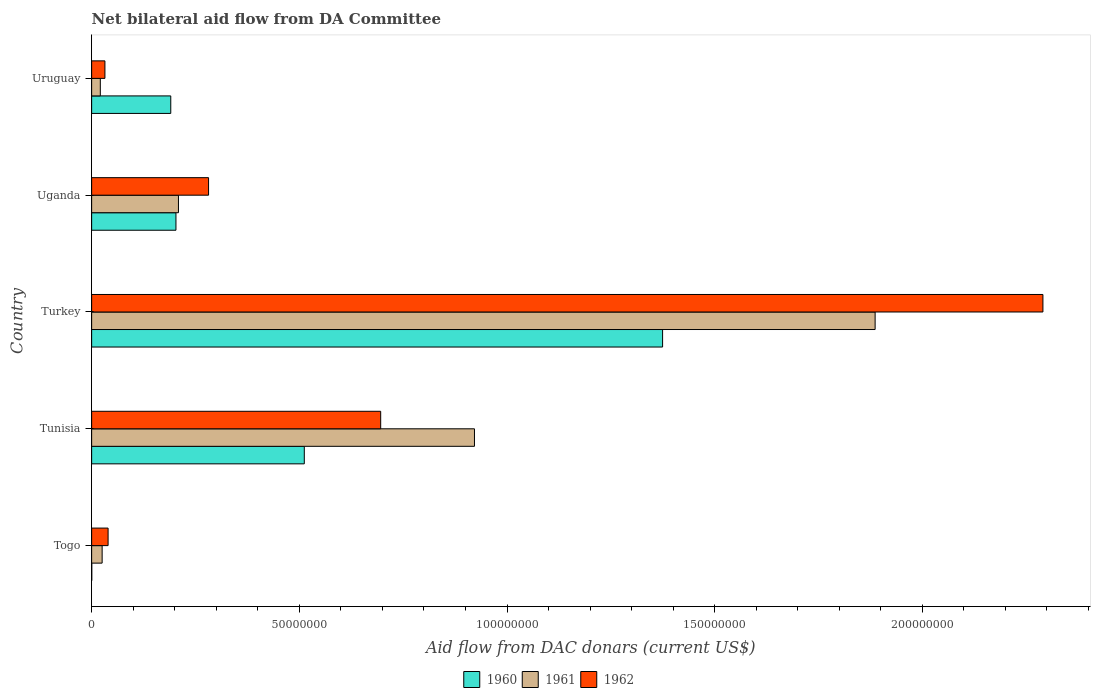
| Country | 1960 | 1961 | 1962 |
 | --- | --- | --- | --- |
 | Togo | 3e+04 | 2.53e+06 | 3.96e+06 |
 | Tunisia | 5.12e+07 | 9.22e+07 | 6.96e+07 |
 | Turkey | 1.37e+08 | 1.89e+08 | 2.29e+08 |
 | Uganda | 2.03e+07 | 2.09e+07 | 2.82e+07 |
 | Uruguay | 1.90e+07 | 2.09e+06 | 3.2e+06 |